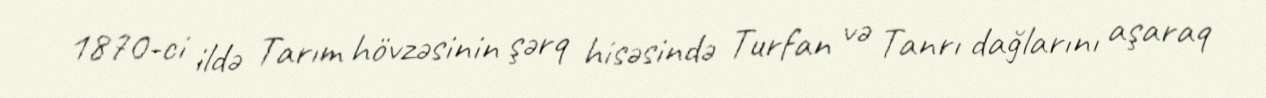
1870-ci ildə Tarım hövzəsinin şərq hisəsində Turfan və Tanrı dağlarını aşaraq